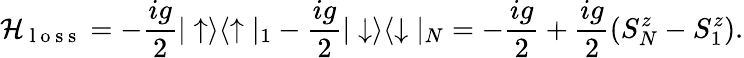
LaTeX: \mathcal{H}_{\mathrm{{~l~o~s~s~}}}=-\frac{{ig}}{{2}}|\uparrow\rangle\langle\uparrow|_{1}-\frac{{ig}}{{2}}|\downarrow\rangle\langle\downarrow|_{N}=-\frac{{ig}}{{2}}+\frac{{ig}}{{2}}(S_{N}^{z}-S_{1}^{z}).